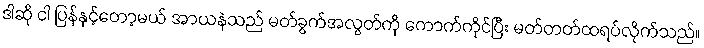
ဒါဆို ငါ ပြန်နှင့်တော့မယ် အာယနဲသည် မတ်ခွက်အလွတ်ကို ကောက်ကိုင်ပြီး မတ်တတ်ထရပ်လိုက်သည်။